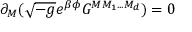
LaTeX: \partial _ { M } ( \sqrt { - g } e ^ { \beta \phi } G ^ { M M _ { 1 } . . . M _ { d } } ) = 0